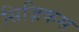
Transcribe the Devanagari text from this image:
सिज़िकस